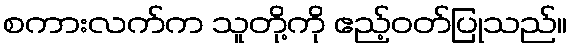
စကားလက်က သူတို့ကို ဧည့်ဝတ်ပြုသည်။